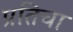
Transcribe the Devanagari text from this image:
प्रतिचा